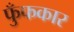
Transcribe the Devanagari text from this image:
फुँफकार